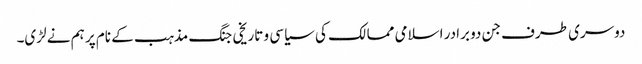
دوسری طرف جن دو برادر اسلامی ممالک کی سیاسی و تاریخی جنگ مذہب کے نام پر ہم نے لڑی۔